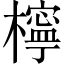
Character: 檸